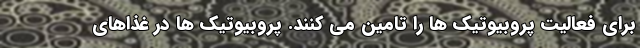
برای فعالیت پروبیوتیک ها را تامین می کنند. پروبیوتیک ها در غذاهای